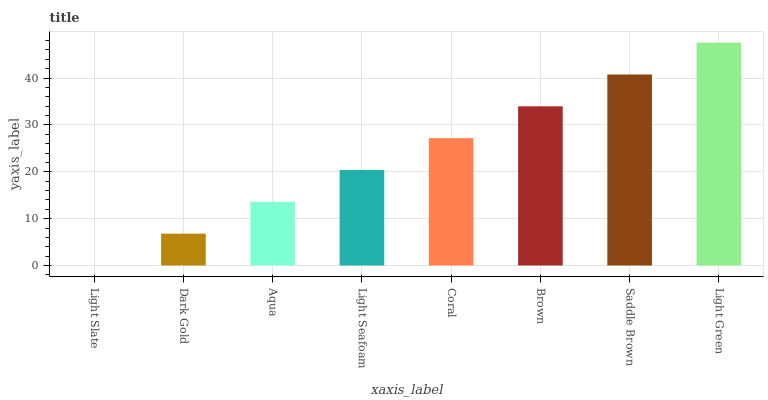
| xaxis_label | bars |
 | --- | --- |
 | Light Slate | 0 |
 | Dark Gold | 6.79 |
 | Aqua | 13.6 |
 | Light Seafoam | 20.4 |
 | Coral | 27.2 |
 | Brown | 34 |
 | Saddle Brown | 40.8 |
 | Light Green | 47.6 |